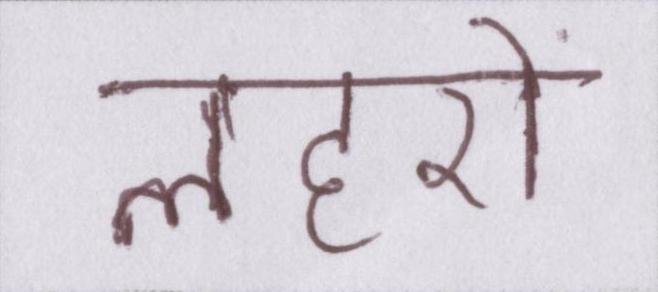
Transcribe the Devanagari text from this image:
लहरों